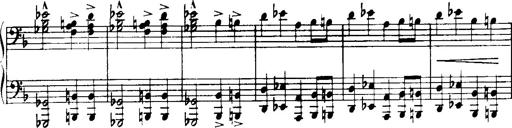
Title: Historische ungarische Bildnisse
Composer: Franz Liszt